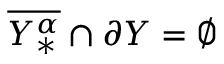
\overline { { Y _ { * } ^ { \alpha } } } \cap \partial Y = \emptyset